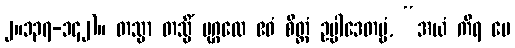
၂။၁၃၇-၁၄၂)။ တသ္မာ တသ္မိံ ပုဂ္ဂလေ ဧဝံ စိတ္တံ ဥပ္ပါဒေတဗ္ဗံ, “အယံ ကိရ မေ